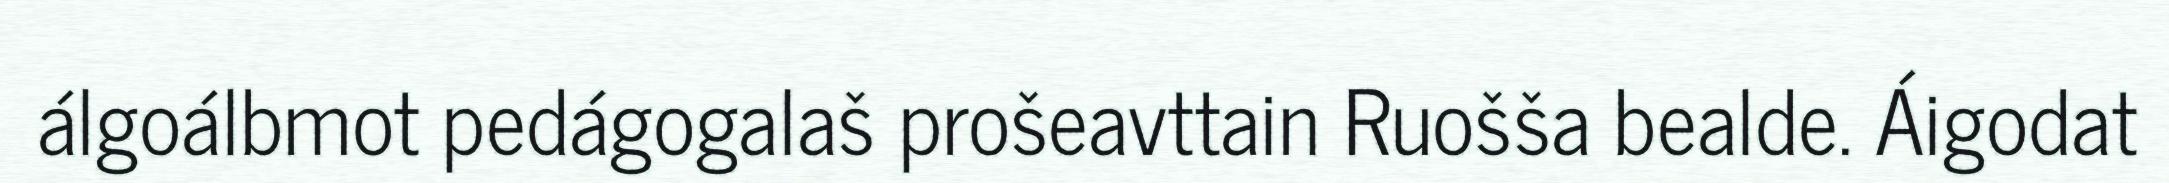
álgoálbmot pedágogalaš prošeavttain Ruošša bealde. Áigodat